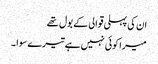
ان کی پہلی قوالی کے بول تھے
میرا کوئی نہیں ہے تیرے سوا ۔